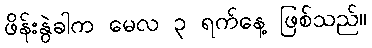
ဖိန်းနွဲခါက မေလ ၃ ရက်နေ့ ဖြစ်သည်။